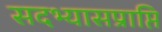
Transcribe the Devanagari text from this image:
सदभ्यासप्राप्ति